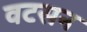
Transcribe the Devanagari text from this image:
वटसन